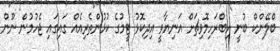
ބްލޭންކް ބުނީ އިބްރަހިމޮވިޗަށް އަނިޔާވީ އިދިކޮޅު ޓީމުގެ ކުޅުންތެރިއެއް ގައިގައި ޖެހުމުން ނޫން